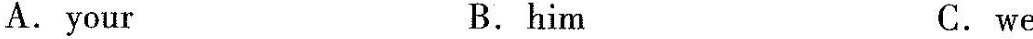
A. your B. him C. we